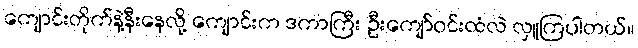
ကျောင်းတိုက်နဲ့နီးနေလို့ ကျောင်းက ဒကာကြီး ဦးကျော်ဝင်းထံလဲ လှူကြပါတယ်။